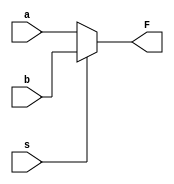
// Name: Mohammed Owda
// id: 1200089
// quadruple 2X1 multiplexer using behavioral model

module Quadruple_2x1_Mux(a,b,s,F);
input [0:3] a,b;
input s;
output reg [0:3] F;
always @ (a or b or s)
begin
if(s==0)
   F=a;
else 
   F=b;
end 

endmodule